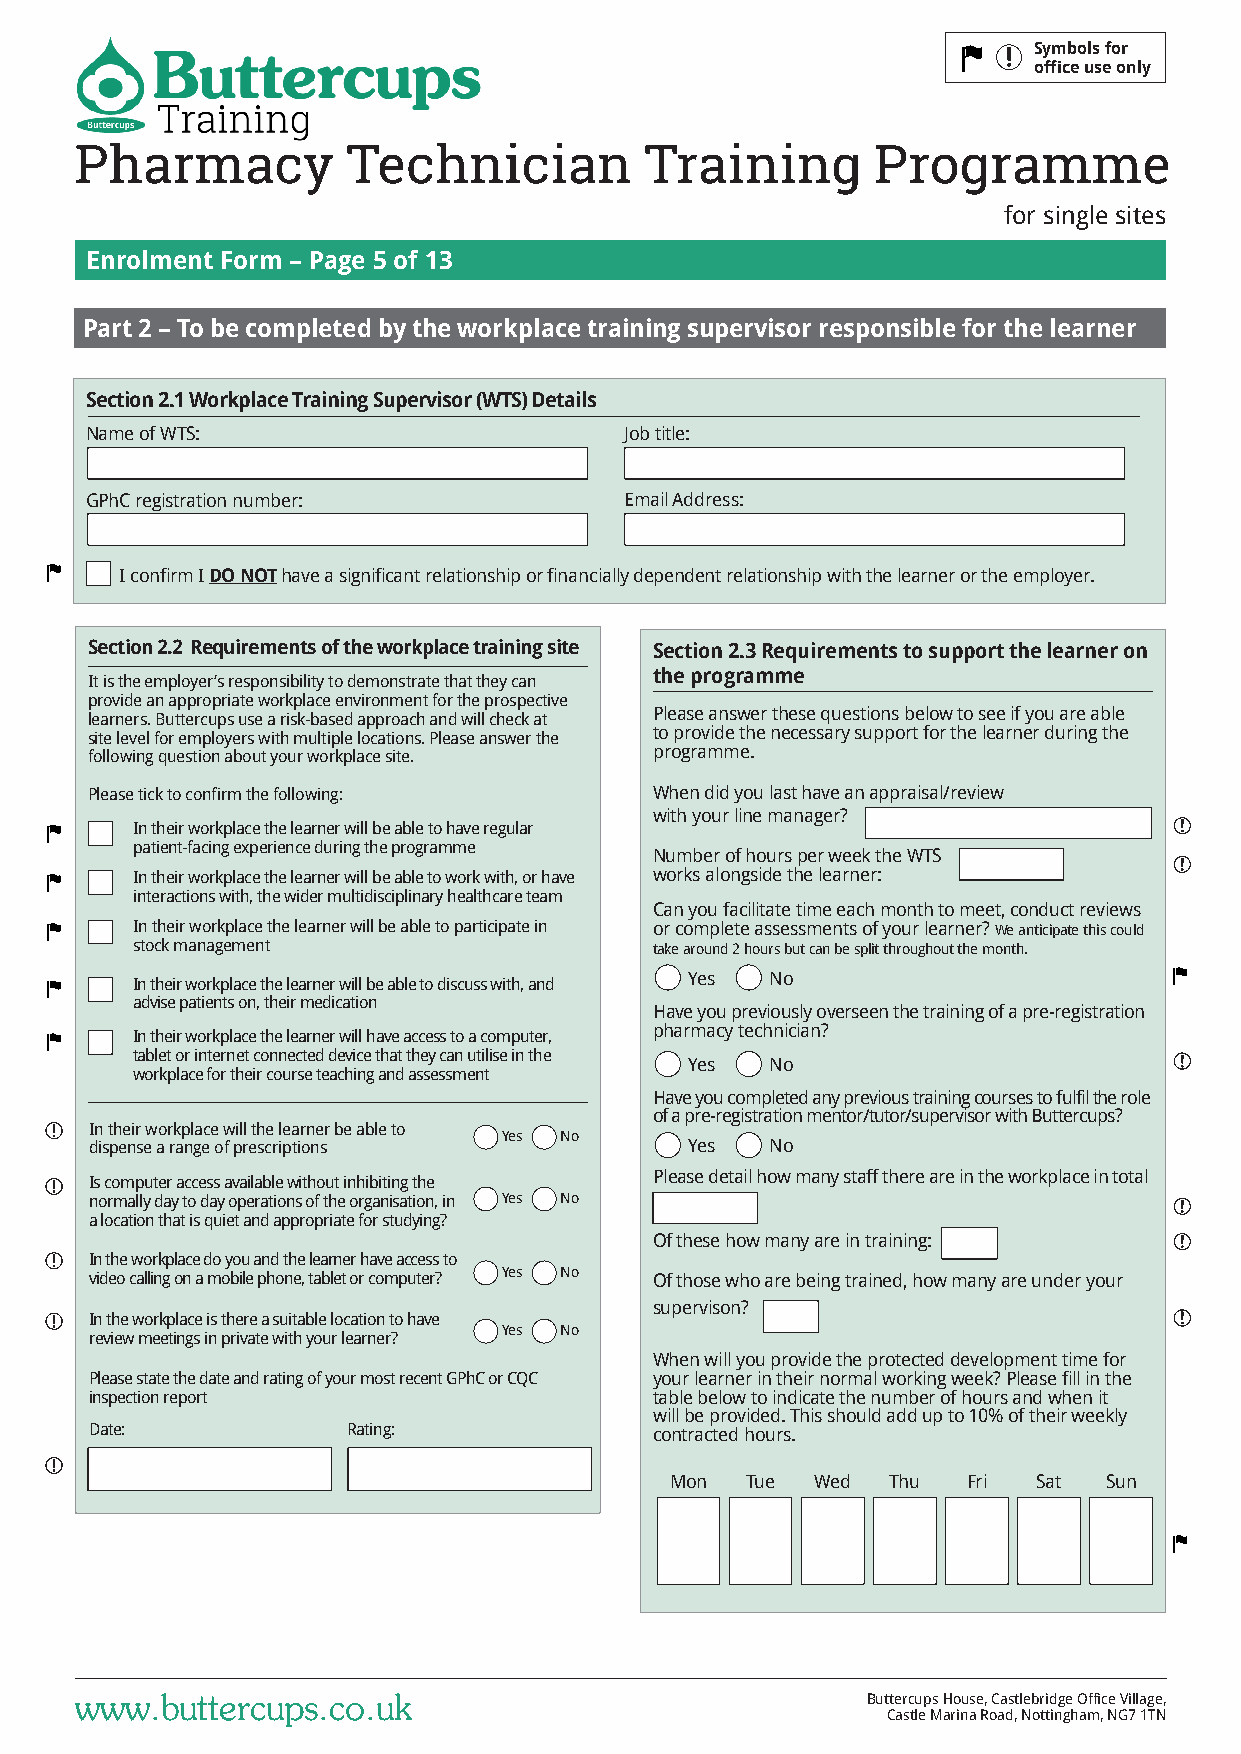
Symbols for
 office use only
 Pharmacy          Technician          Training       Programme
 for single sites
 Enrolment Form – Page 5 of 13
 Part 2 – To be completed by the workplace training supervisor responsible for the learner
 Section 2.1 Workplace Training Supervisor (WTS) Details
 Name of WTS:                       Job title:
 GPhC registration number:          Email Address:
 I confirm I DO NOT have a significant relationship or financially dependent relationship with the learner or the employer.
 Section 2.2 Requirements of the workplace training site Section 2.3 Requirements to support the learner on
 the programme
 It is the employer’s responsibility to demonstrate that they can
 provide an appropriate workplace environment for the prospective
 learners. Buttercups use a risk-based approach and will check at Please answer these questions below to see if you are able
 site level for employers with multiple locations. Please answer the to provide the necessary support for the learner during the
 following question about your workplace site. programme.
 Please tick to confirm the following: When did you last have an appraisal/review
 with your line manager?
 In their workplace the learner will be able to have regular
 patient-facing experience during the programme
 Number of hours per week the WTS
 In their workplace the learner will be able to work with, or have works alongside the learner:
 interactions with, the wider multidisciplinary healthcare team
 Can you facilitate time each month to meet, conduct reviews
 In their workplace the learner will be able to participate in or complete assessments of your learner? We anticipate this could
 stock management                  take around 2 hours but can be split throughout the month.
 Yes  No
 In their workplace the learner will be able to discuss with, and
 advise patients on, their medication
 Have you previously overseen the training of a pre-registration
 pharmacy technician?
 In their workplace the learner will have access to a computer,
 tablet or internet connected device that they can utilise in the
 Yes  No
 workplace for their course teaching and assessment
 Have you completed any previous training courses to fulfil the role
 of a pre-registration mentor/tutor/supervisor with Buttercups?
 In their workplace will the learner be able to
 Yes No
 dispense a range of prescriptions       Yes  No
 Please detail how many staff there are in the workplace in total
 Is computer access available without inhibiting the
 normally day to day operations of the organisation, in Yes No
 a location that is quiet and appropriate for studying?
 Of these how many are in training:
 In the workplace do you and the learner have access to
 video calling on a mobile phone, tablet or computer? Yes No Of those who are being trained, how many are under your
 supervison?
 In the workplace is there a suitable location to have
 Yes No
 review meetings in private with your learner?
 When will you provide the protected development time for
 Please state the date and rating of your most recent GPhC or CQC your learner in their normal working week? Please fill in the
 inspection report                    table below to indicate the number of hours and when it
 will be provided. This should add up to 10% of their weekly
 Date:            Rating:             contracted hours.
 Mon  Tue  Wed  Thu  Fri  Sat Sun
 www.buttercups.co.uk                                Buttercups House, Castlebridge Office Village,
 Castle Marina Road, Nottingham, NG7 1TN